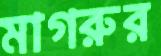
মাগরুর